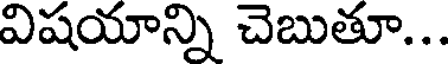
విషయాన్ని చెబుతూ...